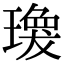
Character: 𤩆